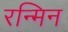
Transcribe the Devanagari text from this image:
रन्मिन